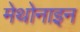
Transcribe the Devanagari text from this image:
मेथोनाइन